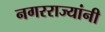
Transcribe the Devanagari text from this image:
नगरराज्यांनी